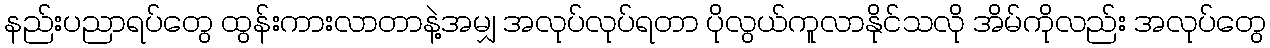
နည်းပညာရပ်တွေ ထွန်းကားလာတာနဲ့အမျှ အလုပ်လုပ်ရတာ ပိုလွယ်ကူလာနိုင်သလို အိမ်ကိုလည်း အလုပ်တွေ